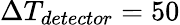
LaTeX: \Delta T_{detector}=50